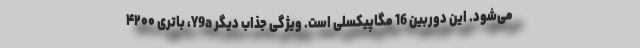
می‌شود. این دوربین 16 مگاپیکسلی است. ویژگی جذاب دیگر Y9a، باتری ۴۲۰۰